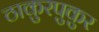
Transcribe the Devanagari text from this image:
ठाकुरपुकुर